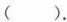
（）.